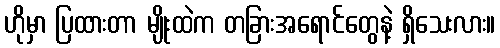
ဟိုမှာ ပြထားတာ မျိုးထဲက တခြားအရောင်တွေနဲ့ ရှိသေးလား။